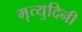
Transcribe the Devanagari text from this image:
मृत्युदिनी